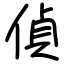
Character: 偵